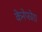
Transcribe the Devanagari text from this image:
केनेफोरा